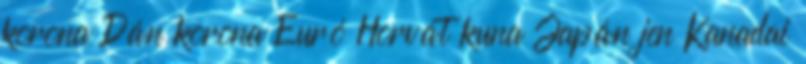
korona Dán korona Euró Horvát kuna Japán jen Kanadai